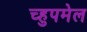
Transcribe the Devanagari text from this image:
च्हुपमेल